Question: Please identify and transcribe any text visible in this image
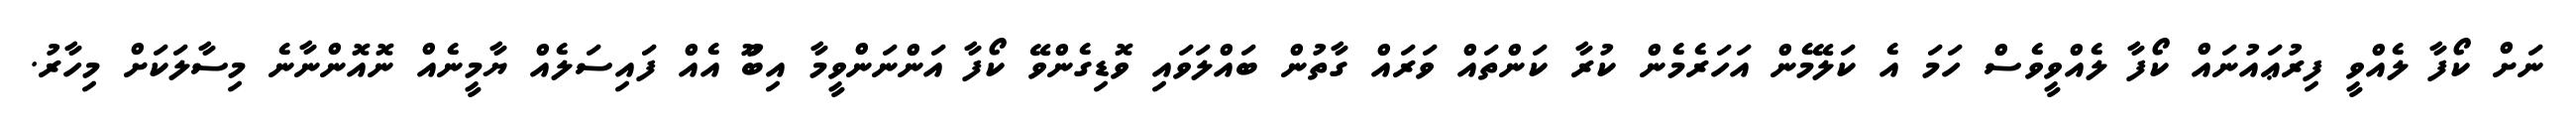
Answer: ނަށް ކޯފާ ލެއްވީ ފިރުޢައުނައް ކޯފާ ލެއްވީވެސް ހަމަ އެ ކަލޭމެން އަހަރެމެން ކުރާ ކަންތައް ވަރައް ގާތުން ބައްލަވައި ވޮޑިގެންވޭ ކޯފާ އަންނަންވީމާ އިބޫު އެއް ފައިސަލެއް ޔާމީނެއް ނޮއޮންނާނެ މިސާލަކަށް މިހާރު.